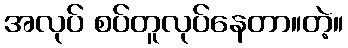
အလုပ် စပ်တူလုပ်နေတာ။တဲ့။